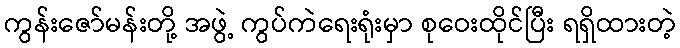
ကွန်းဇော်မန်းတို့ အဖွဲ့ ကွပ်ကဲရေးရုံးမှာ စုဝေးထိုင်ပြီး ရရှိထားတဲ့